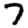
Digit: 7